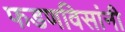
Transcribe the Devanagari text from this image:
फडणविसांनी